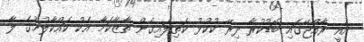
އެއީ ރާއްޖޭގައި ބޮޑުކުރާ ދިރޭ ކުކުޅު ކަތިލައިގެން ތާޒާކަމާ އެކު ކައްކާލުމުގެ ލާ